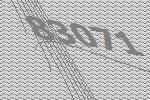
83071